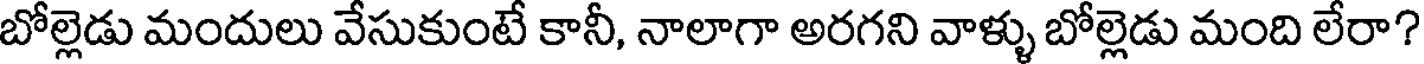
బోల్లెడు మందులు వేసుకుంటే కానీ, నాలాగా అరగని వాళ్ళు బోల్లెడు మంది లేరా?